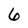
Character: 6